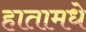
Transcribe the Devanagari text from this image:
हातामधे